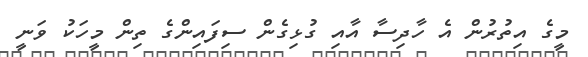
މީގެ އިތުރުން އެ ހާދިސާ އާއި ގުޅިގެން ސިފައިންގެ ތިން މީހަކު ވަނީ